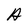
Character: A